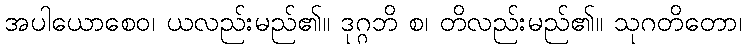
အပါယောစေဝ၊ ယလည်းမည်၏။ ဒုဂ္ဂဘိ စ၊ တိလည်းမည်၏။ သုဂတိတော၊